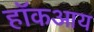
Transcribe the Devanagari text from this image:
हॉकआय